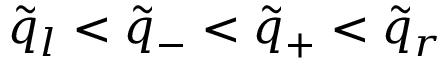
\tilde { q } _ { l } < \tilde { q } _ { - } < \tilde { q } _ { + } < \tilde { q } _ { r }